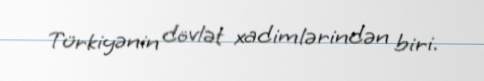
Türkiyənin dövlət xadimlərindən biri.